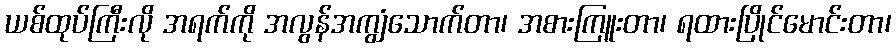
ယစ်ထုပ်ကြီးလို အရက်ကို အလွန်အကျွံသောက်တာ၊ အစားကြူးတာ၊ ရထားပြိုင်မောင်းတာ၊